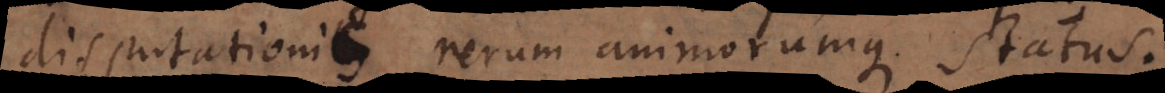
disputationis rerum animorumque status.